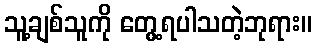
သူ့ချစ်သူကို တွေ့ရပါသတဲ့ဘုရား။